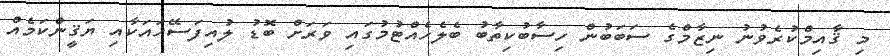
މި ޤާއިމްކުރެވުނު ނިޒާމްގެ ސަބަބުން ހިސާބުކިތާބު ބެލެހެއްޓުމުގައި ވަރަށް ބޮޑު ލުއިފަސޭހައަކާއި ޔަޤީންކަމެއް